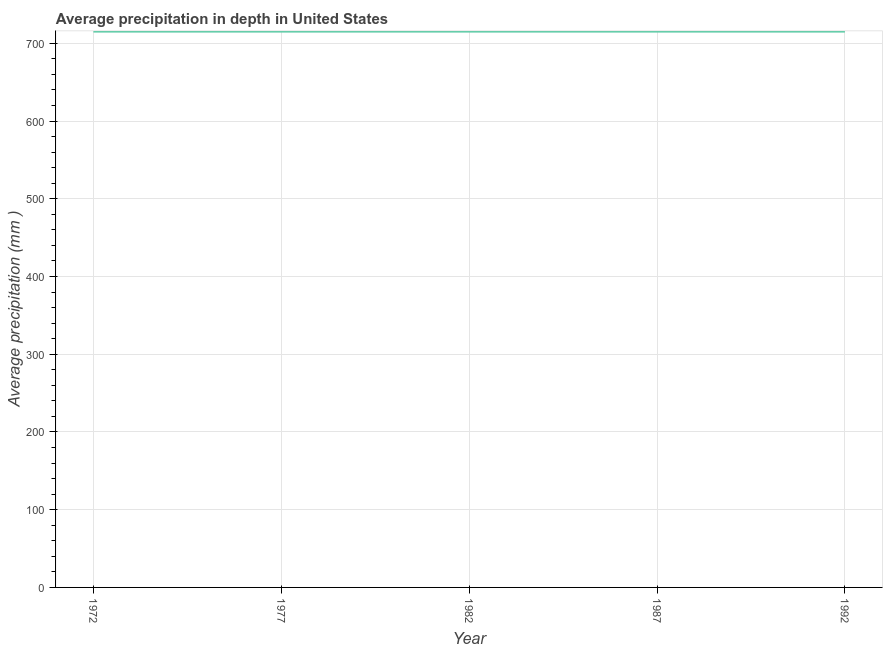
| Year | Average precipitation in depth |
 | --- | --- |
 | 1972 | 715 |
 | 1977 | 715 |
 | 1982 | 715 |
 | 1987 | 715 |
 | 1992 | 715 |